Annual report of the Punjab Veterinary College and of the Civil Veterinary Department, Punjab - 1894-1908
Year: 1894
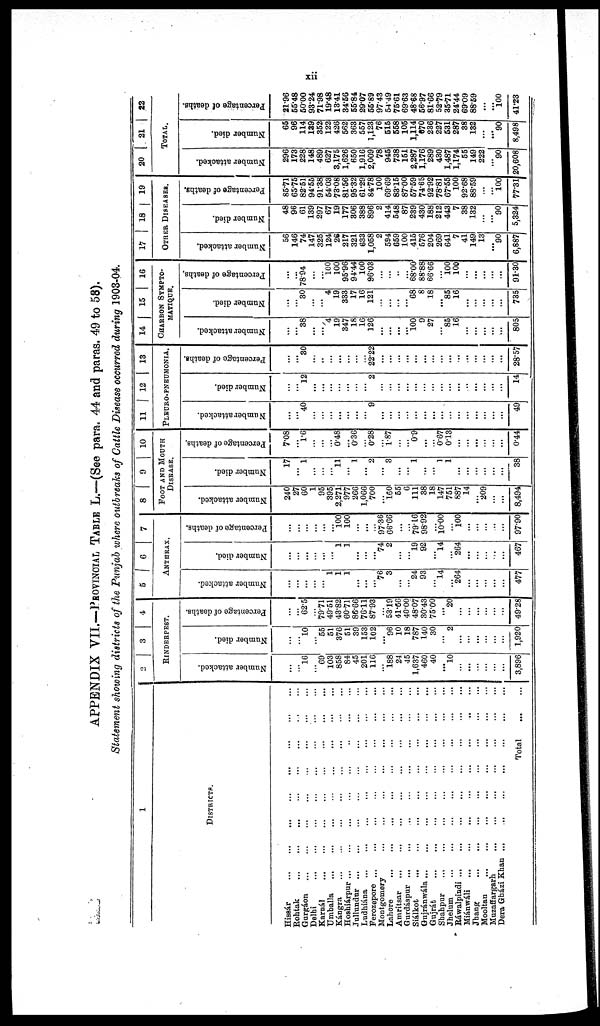
xii
APPENDIX VII.—PROVINCIAL TABLE L.—(See para. 44 and paras. 49 to 58).
Statement showing districts of the Punjab where outbreaks of Cattle Disease occurred during 1903-04.
1
DISTRICTS.
Hissár
...
...
...
...
...
Rohtak
...
...
...
...
...
...
. .
Gnrgáon ... ... ... ... ... ... ...
Delhi
...
...
...
...
...
...
...
Karnál
...
... ... ... ... ...
Umballa ... ... ... ... ... ...
Kángra ... ... ... ... ...
Hoshiápur ... ... ... ... ... ...
Jullundur ... ... ... ... ... ...
Ludhiána ... ... ... ... ...
Ferozepore ...
... ... ... ... ... ... ...
Montgomery
...
...
...
...
...
Lahore ... ... ... ...
Amritsar ... ... ... ... ... ... ...
Gurdáspur ...
... ... ... ... ...
Siálkot
...
...
...
...
...
...
Gnjránwála... ... ... ... ... ...
Gnjrát ... ... ... ... ... ... ...
Shahpur ... ... ... ... ... ... ...
Jhelum ... ... ... ... ... ...
Ráwalpindi ...
...
...
...
...
Miánwáli
...
...
...
...
...
...
Jhang
...
...
...
...
...
...
Mooltan
...
...
...
...
...
...
Muzaffargarh
...
...
...
...
...
...
...
Dera Gházi Khan
...
...
...
...
...
Total
...
...
2
3
4
RINDERPEST.
Number attacked.
...
...
16
...
69
103
858
84
45
201
116
...
188
24
45
1,637
460
40
...
10
...
...
...
...
...
...
3,896
Number died.
...
...
10
...
55
51
376
51
39
153
102
...
96
10
18
787
140
30
...
2
...
...
...
...
...
...
1,920
Percentage of deaths.
...
...
62.5
...
79.71
49.51
43.82
60.71
86.66
76.11
87.93
...
53.19
41.66
40.00
8.07
0.43
5.00
..
20
...
...
...
...
...
...
49.28
5
6
7
ANTHRAX.
Number attacked.
...
...
...
...
...
1
1
1
...
...
...
76
3
...
...
24
93
... 14
... 264
...
...
...
...
...
477
Number died.
...
...
...
...
...
...
1
1
...
...
...
74
2
...
... 19
92
... 14
...
264
...
...
...
...
...
467
Percentage of deaths.
...
...
...
...
...
...
100
100
...
...
...
97.36
66.66
...
...
79.16
98.92
...
10.00
...
100
...
...
...
..
...
97.90
8
9
10
FOOT AND MOUTH
DISEASE.
Number attacked.
240
27
60
1
95
395
2,271
977
266
1,066
700
...
160
55
6
111
38
18
147
751
887
14
...
209
...
...
8,494
Number died.
17
...
1
...
...
...
11
...
1
...
2
...
3
...
...
1
...
...
1
1
...
...
...
...
...
...
38
Percentage of deaths.
7.08
...
1.6
...
...
...
0.48
...
0.36
...
0.28
...
1.87
...
...
0.9
...
... 0.67
0.13
...
...
...
...
...
...
0.44
11 12 13
PLEURO-PNEUMONIA.
Number attacked.
...
...
40
...
...
...
...
...
...
...
9
...
...
...
...
...
...
...
...
...
...
...
...
...
...
...
49
Number died.
...
...
12
...
...
...
...
...
...
...
2
...
...
...
...
...
...
...
...
...
...
...
...
...
...
14
Percentage of deaths.
...
...
30
...
..
...
...
...
...
...
22.22
...
...
...
...
...
...
...
...
...
...
...
...
...
...
...
28.57
14
15
16
CHARBON SYMPTO-
MATIQUE.
Number attacked.
...
...
38
...
...
4
19
347
18
16
126
...
...
...
...
100
9
27
...
85
16
...
...
...
...
...
805
Number died.
...
...
30
...
...
4
19
333
17
16
121
...
...
...
...
68
8
18
...
85
16
...
...
...
...
...
735
Percentage of deaths.
...
...
78.94
...
...
100
100
95.96
94.44
100
96.03
...
...
..
... 68.00
88.88
66.66
...
100
100
...
...
...
...
...
91.30
17
18 19
OTHER DISEASES.
Number attacked.
56
146
74
147
325
124
26
217
321
633
1,058
2
594
659
100
415
576
204
269
641
7
41
149
13
...
90
6,887
Number died.
48
96
61
139
297
67
19
177
306
388
896
2
414
548
87
239
430
188
212
443
7
38
132
...
...
90
5,324
Percentage of deaths.
85.71
65.75
82.51
94.55
91.38
54.03
73.08
81.56
95.32
61.29
84.78
100
69.69
83.15
87.00
57.59
74.65
92.92
78.81
67.55
100
92.68
88.59
...
...
100
77.31
20
21
22
TOTAL.
Number attacked.
296
173
228
148
489
627
3,175
1,626
650
1,916
2,009
78
945
738
151
2,287
1,176
289
430
1,487
1,174
55
149
222
...
90
20,608
Number died.
65
96
114
139
352
122
426
562
363
557
1,123
76
515
558
105
1,114
670
236
227
531
287
38
132
...
...
90
8,498
Percentage of deaths.
21.96
55.48
50.00
93.24
71.98
19.48
13.41
34.56
55.84
29.07
55.89
97.43
54.49
75.61
69.63
48.68
56.97
81.66
52.79
35.71
24.44
69.09
88.69
...
...
100
41.23